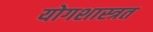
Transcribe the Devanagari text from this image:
योगशास्त्रत